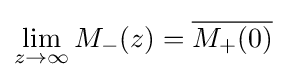
\lim _{z\to \infty }M_{-}(z)={\overline {{M}_{+}(0)}}